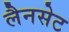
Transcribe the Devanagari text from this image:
लैनसेट